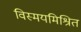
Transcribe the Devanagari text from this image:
विस्मयमिश्रित